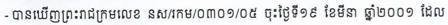
- បានឃើញព្រះរាជក្រមលេខ នស/រកម/០៣០១/០៥ ចុះថ្ងៃទី១៩ ខែមីនា ឆ្នាំ២០០១ ដែល